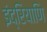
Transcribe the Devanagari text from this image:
इंद्रियाणि